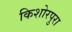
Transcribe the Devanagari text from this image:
किशोरपुरा